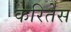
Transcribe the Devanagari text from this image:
करितेस